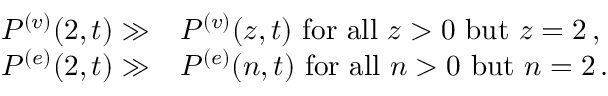
\begin{array} { r } { \begin{array} { r l } { P ^ { ( v ) } ( { 2 } , { t } ) \gg } & { P ^ { ( v ) } ( { z } , { t } ) \mathrm { ~ f o r ~ a l l ~ } z > 0 \mathrm { ~ b u t ~ } z = 2 \, , } \\ { P ^ { ( e ) } ( { 2 } , { t } ) \gg } & { P ^ { ( e ) } ( { n } , { t } ) \mathrm { ~ f o r ~ a l l ~ } n > 0 \mathrm { ~ b u t ~ } n = 2 \, . } \end{array} } \end{array}